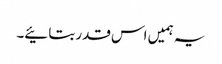
یہ ہمیں اس قدر بتائیے۔